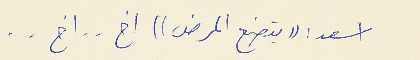
اسعد : (( يتصنع المرض )) اخ . . اخ . .